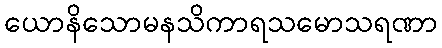
ယောနိသောမနသိကာရသမောသရဏာ